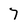
Character: 7